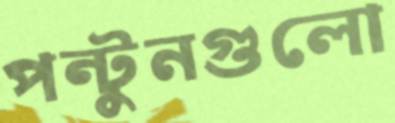
পন্টুনগুলো